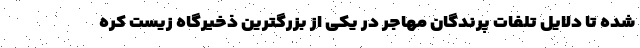
شده تا دلایل تلفات پرندگان مهاجر در یکی از بزرگترین ذخیرگاه زیست کره